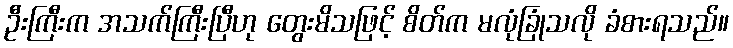
ဦးကြီးက အသက်ကြီးပြီဟု တွေးမိသဖြင့် စိတ်က မလုံခြုံသလို ခံစားရသည်။